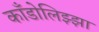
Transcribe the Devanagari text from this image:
काँडोलिझ्झा